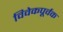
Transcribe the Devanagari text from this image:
विवेकपूर्वक